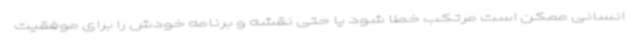
انسانی ممکن است مرتکب خطا شود یا حتی نقشه و برنامه خودش را برای موفقیت